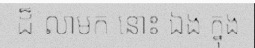
ដ៏ លាមក នោះ ឯង ក្នុង